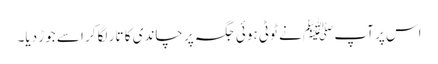
اس پر آپ ﷺ نے ٹوٹی ہوئی جگہ پر چاندی کا تار لگا کر اسے جوڑ دیا۔